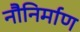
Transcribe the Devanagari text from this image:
नौनिर्माण